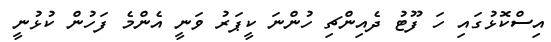
އިސްކޮޅުގައި ހަ ފޫޓު ދެއިންޗި ހުންނަ ކީޕަރު ވަނީ އެންމެ ފަހުން ކުޅުނީ